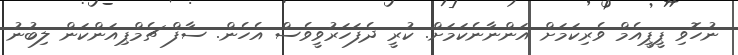
ނުހޮވި ޕީޕީއެމް ވެރިކަމަށް އަންނާނެކަމަށް. ކުރީ ދެފަހަރުވީވެސް އެހެން. ސާފް ޗެމްޕިއަންކަން ލިބުނު